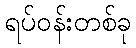
ရပ်ဝန်းတစ်ခု